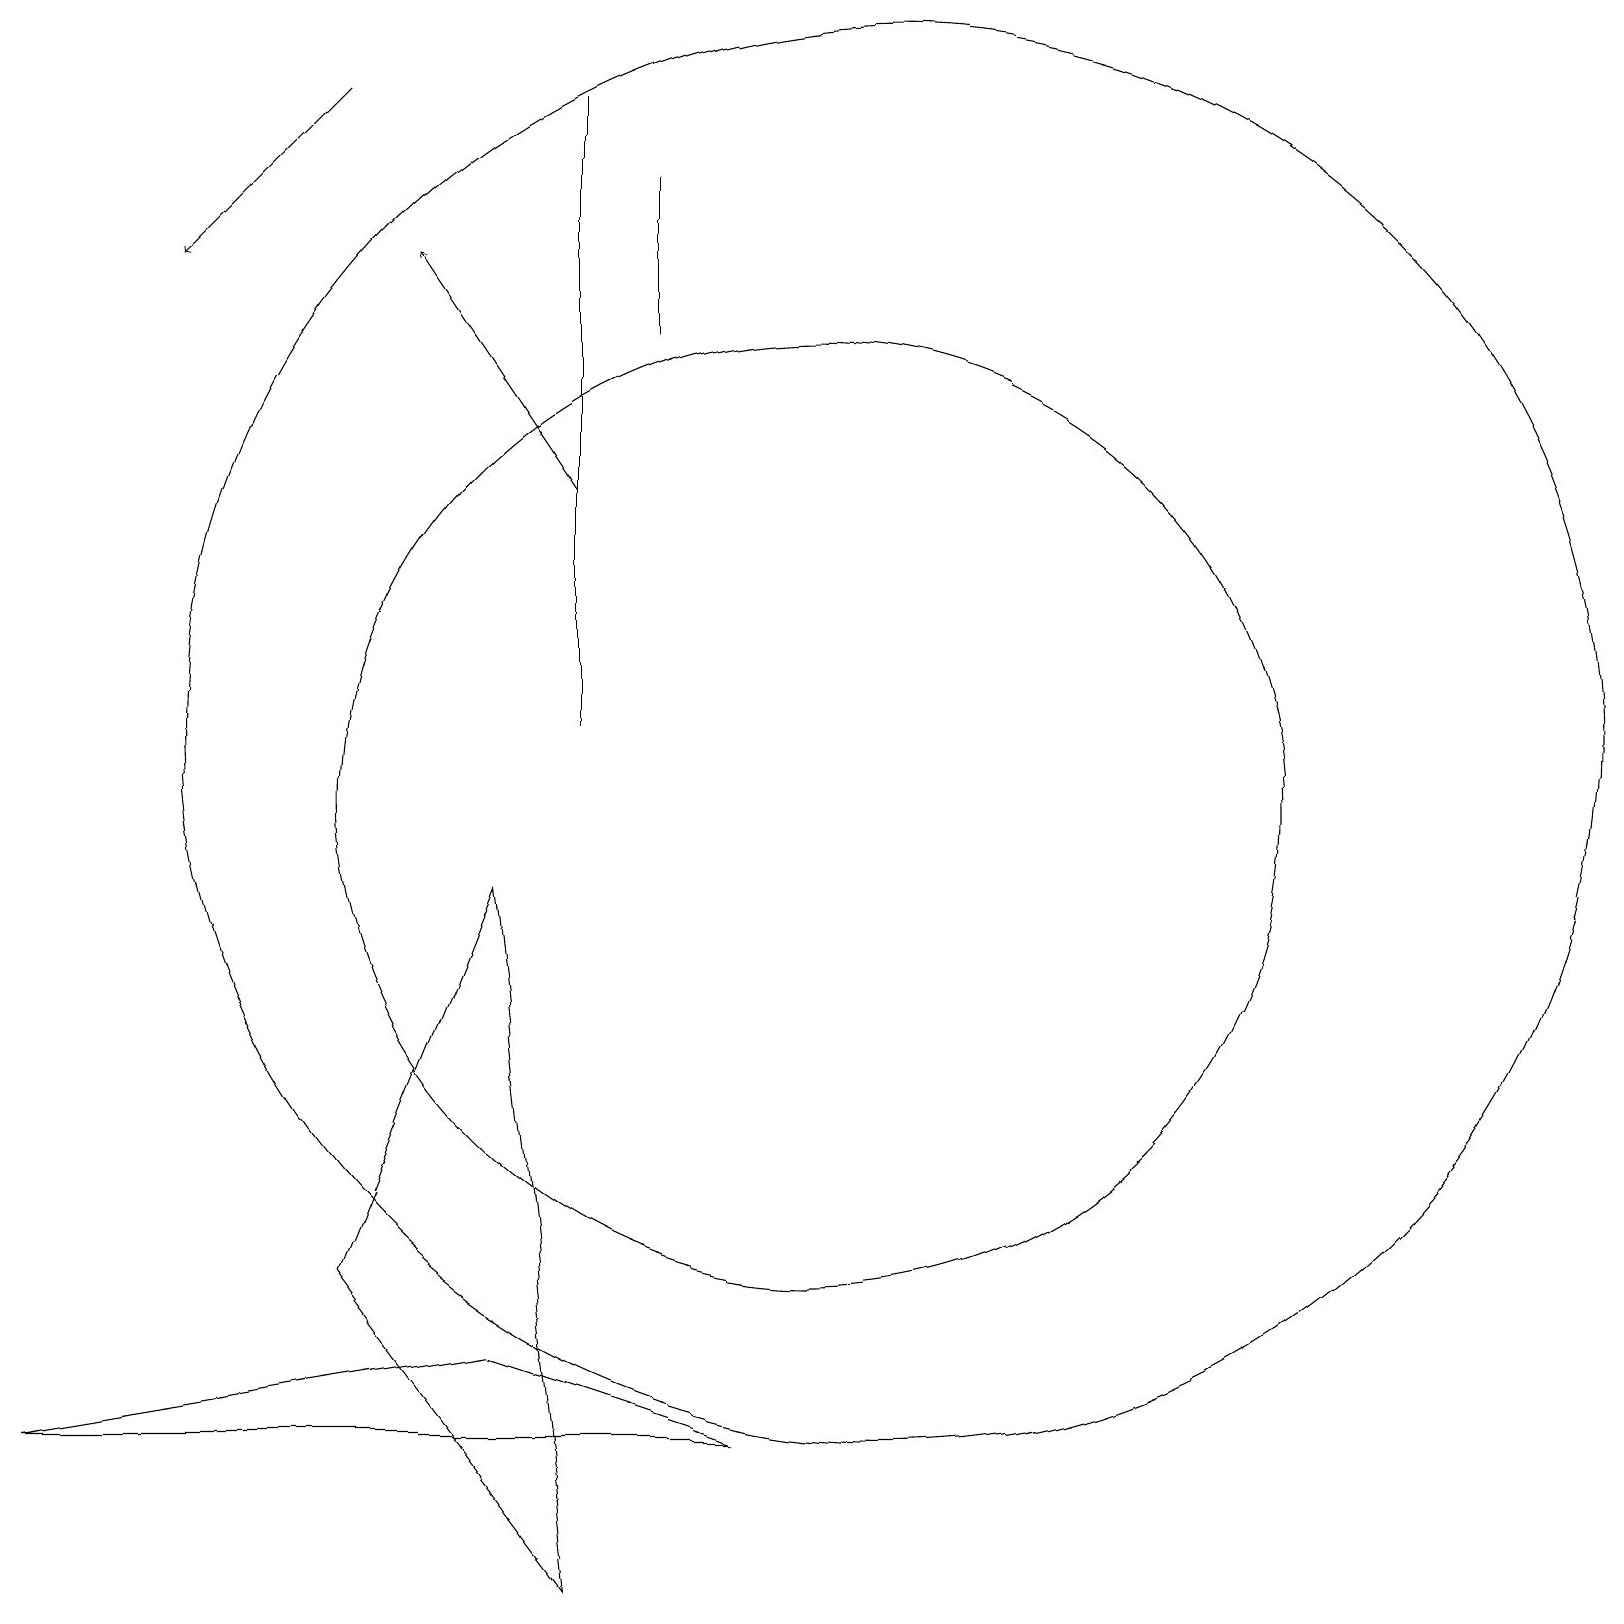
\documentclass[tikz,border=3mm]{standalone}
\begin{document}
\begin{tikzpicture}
\draw (0,2) -- (9,2) -- (6,3) -- cycle;
\draw (4,4) -- (6,9) -- (7,0) -- cycle;
\draw[->] (4,19) -- (2,17);
\draw (7,19) rectangle (7,11);
\draw[->] (7,14) -- (5,17);
\draw (10,10) circle (6);
\draw (11,11) circle (9);
\draw (8,16) rectangle (8,18);
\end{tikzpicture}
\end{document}